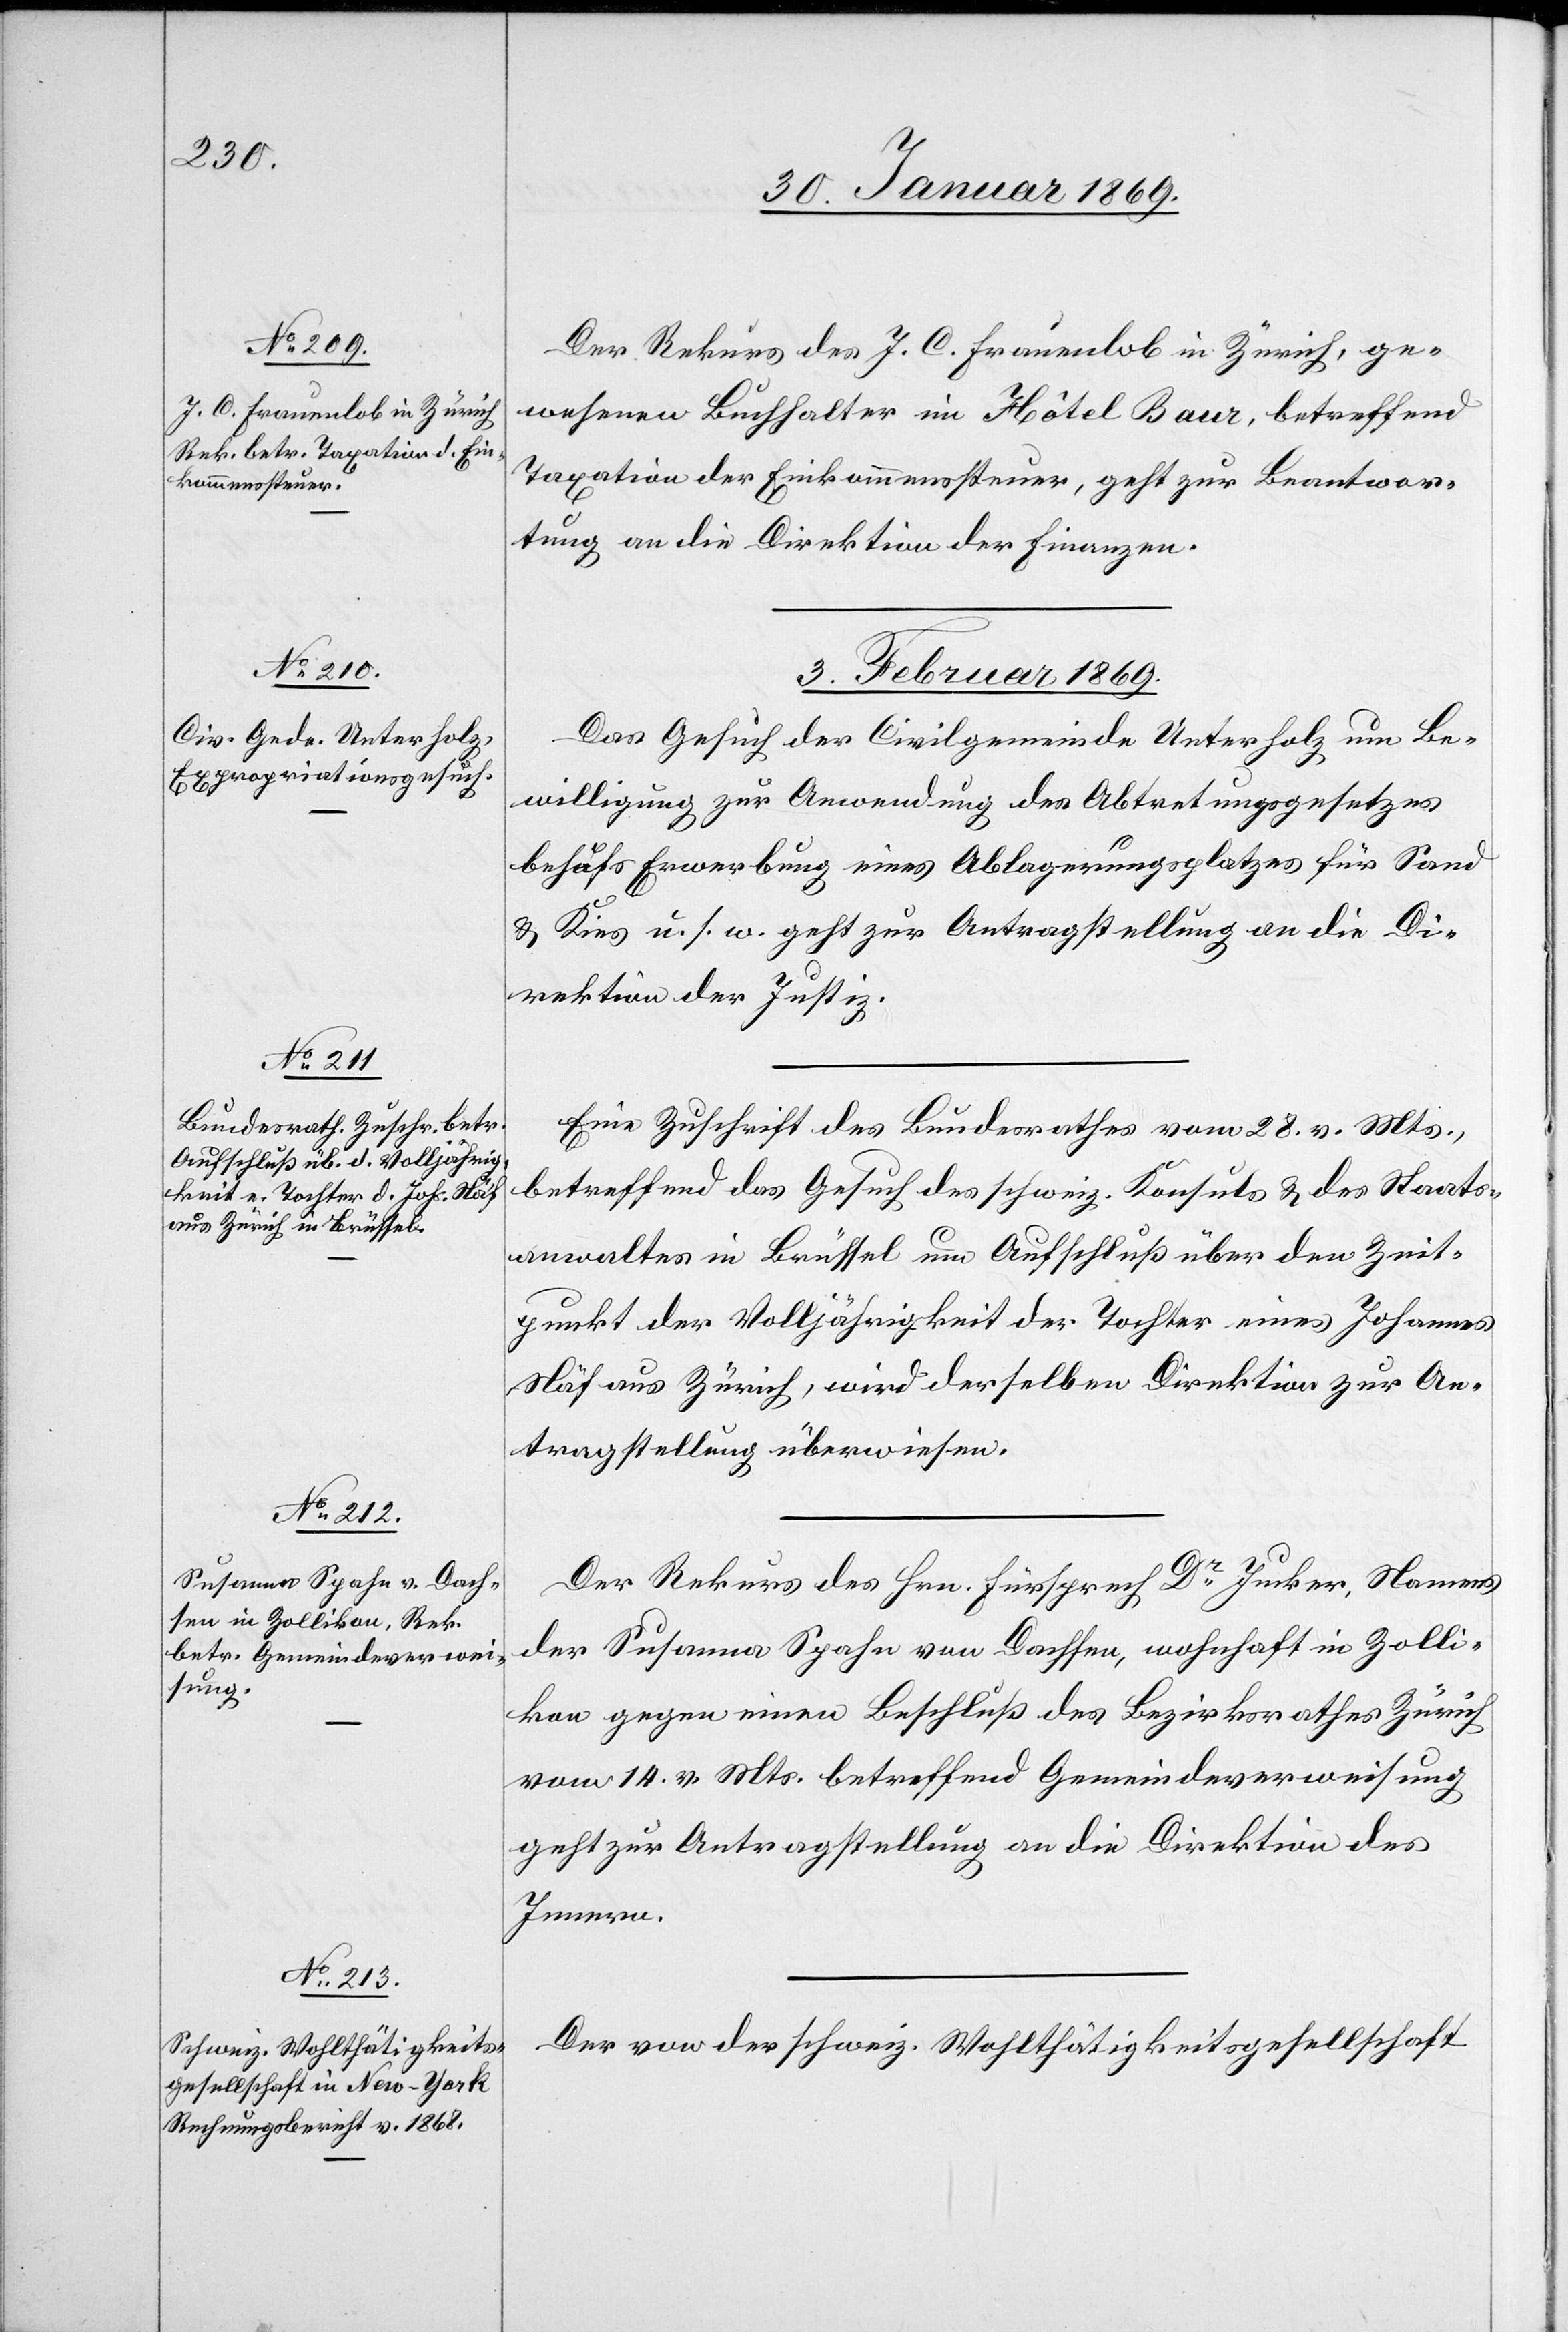
Der Rekurs des J. C. Frauenlob in Zürich, ge¬
wesenen Buchhalter im Hôtel Baur, betreffend
Taxation der Einkommenssteuer, geht zur Beantwor¬
tung an die Direktion der Finanzen.
3. Februar 1869.]
Das Gesuch der Civilgemeinde Unterholz um Be¬
willigung zur Anwendung des Abtretungsgesetzes
behufs Erwerbung eines Ablagerungsplatzes für Sand
u. Kies u. s. w. geht zur Antragstellung an die Di¬
rektion der Justiz.
Eine Zuschrift des Bundesrathes vom 28 v. Mts.,
betreffend das Gesuch des schweiz. Konsuls u. des Staats¬
anwaltes in Brüssel um Aufschluß über den Zeit¬
punkt der Volljährigkeit der Tochter eines Johannes
Näf aus Zürich, wird derselben Direktion zur An¬
tragstellung überwiesen.
Der Rekurs des Hrn. Fürsprech Dr Jucker, Namens
der Susanna Spahn von Dachsen, wohnhaft in Zolli¬
kon gegen einen Beschluß des Bezirksrathes Zürich
vom 14. v. Mts. betreffend Gemeindeverweisung
geht zur Antragstellung an die Direktion des
Innern.
Der von der schweiz. Wohlthätigkeitsgesellschaft